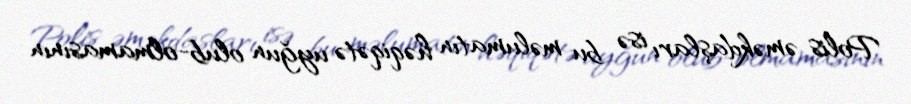
Polis əməkdaşları isə bu məlumatın həqiqətə uyğun olub-olmamasının